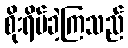
စိုးရိမ်ခဲ့ကြသည်